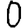
Digit: 0